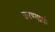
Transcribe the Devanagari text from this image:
करण्यार्या